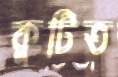
কুটিত